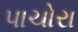
પાચોરા